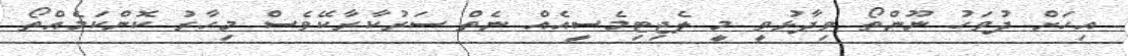
އިހަށް ދުވަހު ނޫންތޯ ވިދާޅުވީ މީ ލެޖިޓިމެސީއެއް ނެތް ސަރުކާރާކޭވެސް މިހާރު ކޮންކަމެއްތޯ